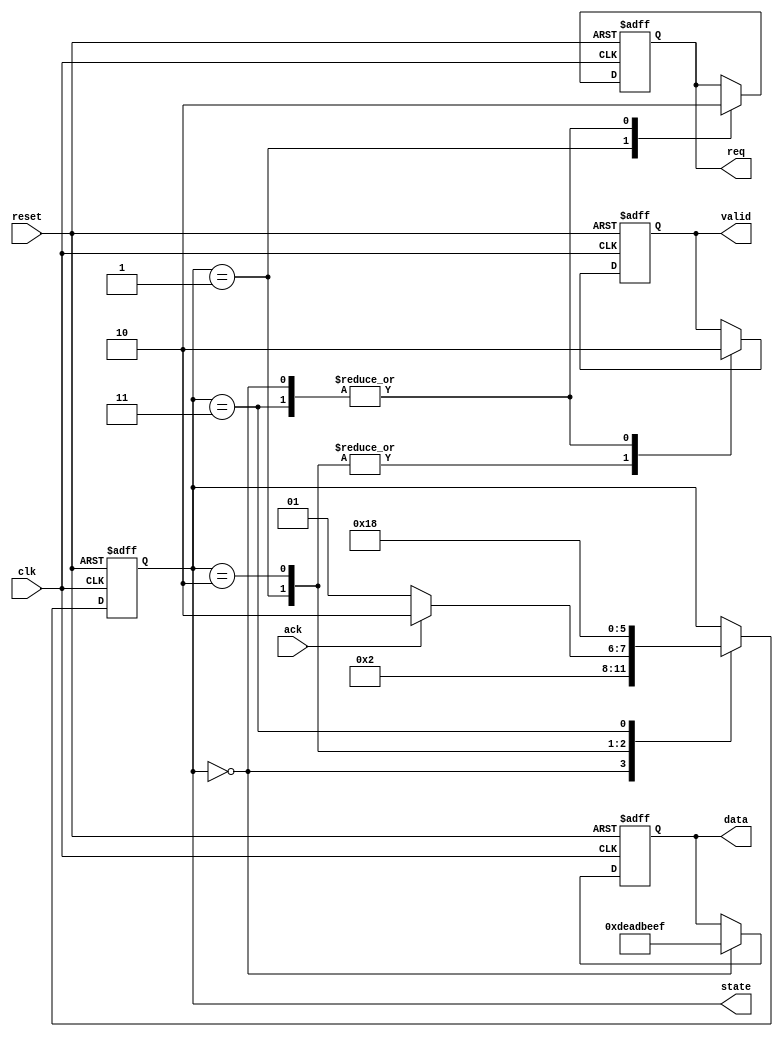
module master (
    input wire clk,
    input wire reset,
    output reg req,
    output reg valid,
    output reg [31:0] data, // Assuming 32-bit data
    input wire ack,
    output reg [2:0] state // For debugging purposes
);

    localparam IDLE       = 3'b000;
    localparam REQ_SEND   = 3'b001;
    localparam DATA_SEND  = 3'b010;
    localparam COMPLETE   = 3'b011;

    always @(posedge clk or posedge reset) begin
        if (reset) begin
            req <= 0;
            valid <= 0;
            data <= 32'b0;
            state <= IDLE;
        end else begin
            case (state)
                IDLE: begin
                    req <= 0;
                    valid <= 0;
                    // Prepare data to send
                    data <= 32'hDEADBEEF; // Example data
                    state <= REQ_SEND;
                end
                REQ_SEND: begin
                    req <= 1;
                    valid <= 1;
                    state <= (ack) ? DATA_SEND : REQ_SEND;
                end
                DATA_SEND: begin
                    valid <= 1;
                    // Data is already on the bus
                    state <= COMPLETE;
                end
                COMPLETE: begin
                    req <= 0;
                    valid <= 0;
                    state <= IDLE; // Go back to IDLE
                end
            endcase
        end
    end
endmodule